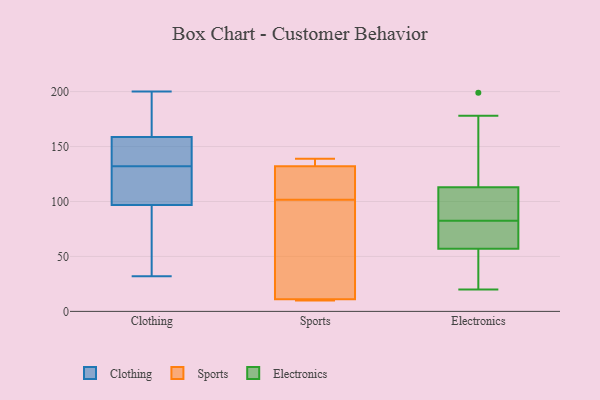
{"axis": {"x": "Customer Acquisition Cost (USD)", "y": "Value"}, "legend": ["Clothing", "Electronics", "Sports"], "data": [{"x": "", "y": 96, "type": "Clothing"}, {"x": "", "y": 127, "type": "Clothing"}, {"x": "", "y": 121, "type": "Clothing"}, {"x": "", "y": 59, "type": "Clothing"}, {"x": "", "y": 140, "type": "Clothing"}, {"x": "", "y": 170, "type": "Clothing"}, {"x": "", "y": 135, "type": "Clothing"}, {"x": "", "y": 97, "type": "Clothing"}, {"x": "", "y": 32, "type": "Clothing"}, {"x": "", "y": 185, "type": "Clothing"}, {"x": "", "y": 132, "type": "Clothing"}, {"x": "", "y": 35, "type": "Clothing"}, {"x": "", "y": 146, "type": "Clothing"}, {"x": "", "y": 198, "type": "Clothing"}, {"x": "", "y": 155, "type": "Clothing"}, {"x": "", "y": 116, "type": "Clothing"}, {"x": "", "y": 200, "type": "Clothing"}, {"x": "", "y": 10, "type": "Sports"}, {"x": "", "y": 117, "type": "Sports"}, {"x": "", "y": 130, "type": "Sports"}, {"x": "", "y": 139, "type": "Sports"}, {"x": "", "y": 11, "type": "Sports"}, {"x": "", "y": 11, "type": "Sports"}, {"x": "", "y": 132, "type": "Sports"}, {"x": "", "y": 34, "type": "Sports"}, {"x": "", "y": 135, "type": "Sports"}, {"x": "", "y": 86, "type": "Sports"}, {"x": "", "y": 84, "type": "Electronics"}, {"x": "", "y": 103, "type": "Electronics"}, {"x": "", "y": 47, "type": "Electronics"}, {"x": "", "y": 57, "type": "Electronics"}, {"x": "", "y": 199, "type": "Electronics"}, {"x": "", "y": 178, "type": "Electronics"}, {"x": "", "y": 74, "type": "Electronics"}, {"x": "", "y": 57, "type": "Electronics"}, {"x": "", "y": 142, "type": "Electronics"}, {"x": "", "y": 96, "type": "Electronics"}, {"x": "", "y": 111, "type": "Electronics"}, {"x": "", "y": 81, "type": "Electronics"}, {"x": "", "y": 70, "type": "Electronics"}, {"x": "", "y": 115, "type": "Electronics"}, {"x": "", "y": 21, "type": "Electronics"}, {"x": "", "y": 20, "type": "Electronics"}]}